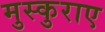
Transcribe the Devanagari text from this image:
मुस्कुराए